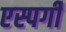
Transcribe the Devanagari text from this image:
एस्पर्गी